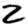
Digit: 2